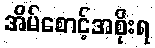
အိမ်စောင့်အစိုးရ